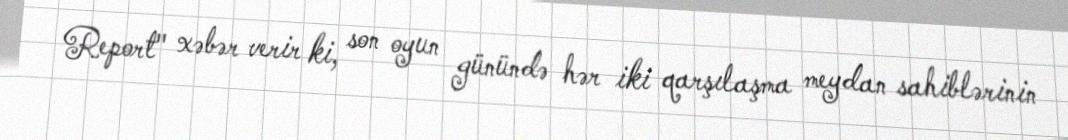
Report" xəbər verir ki, son oyun günündə hər iki qarşılaşma meydan sahiblərinin